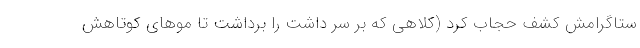
ستاگرامش کشف حجاب کرد (کلاهی که بر سر داشت را برداشت تا موهای کوتاهش